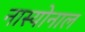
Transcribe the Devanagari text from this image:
नास्योनाल